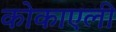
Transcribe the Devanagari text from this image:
कोकाएली